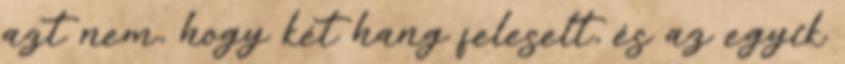
azt nem, hogy két hang feleselt, és az egyik